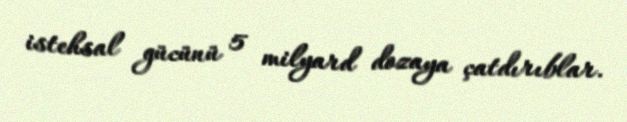
istehsal gücünü 5 milyard dozaya çatdırıblar.